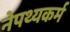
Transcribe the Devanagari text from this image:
नेपथ्यकर्म